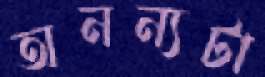
অনন্যটা